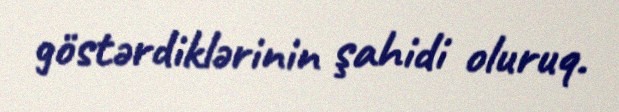
göstərdiklərinin şahidi oluruq.